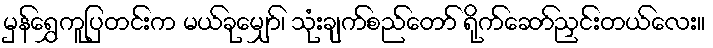
မှန်ရွှေကူပြတင်းက မယ်ခုမျှော်၊ သုံးချက်စည်တော် ရိုက်ဆော်ညှင်းတယ်လေး။